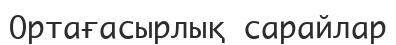
Ортағасырлық сарайлар